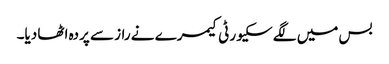
بس میں لگے سکیورٹی کیمرے نے راز سے پردہ اٹھا دیا۔